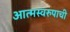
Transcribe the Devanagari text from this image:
आत्मस्वरुपाची